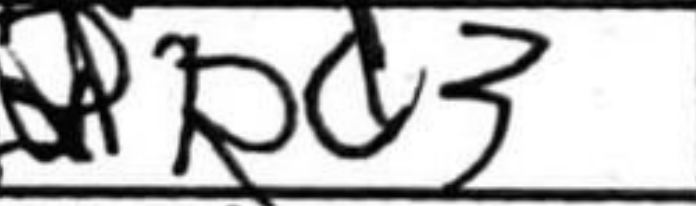
Transcription: Rd3